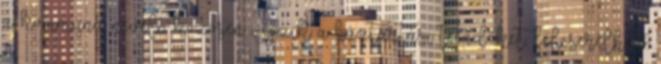
a kommuna neveli, közösen végzik a háztartási teendőket, felcserélhető